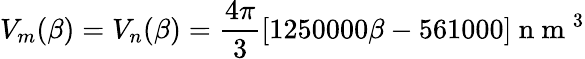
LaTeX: V_{m}(\beta)=V_{n}(\beta)=\frac{4\pi}{3}[1250000\beta-561000]\mathrm{~n~m~}^{3}